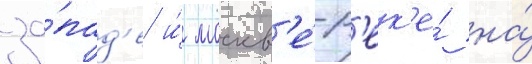
за́пад'е и́ москв'е́-р'ек'е́ на́